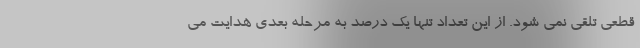
قطعی تلقی نمی شود. از این تعداد تنها یک درصد به مرحله بعدی هدایت می